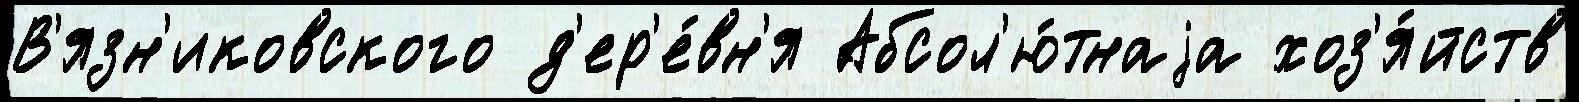
В'язн'иковского д'ер'е́вн'я Абсол'ю́тнаjа хоз'я́йств